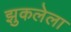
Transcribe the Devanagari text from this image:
झुकलेला